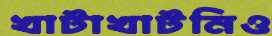
খাটাখাটনিও